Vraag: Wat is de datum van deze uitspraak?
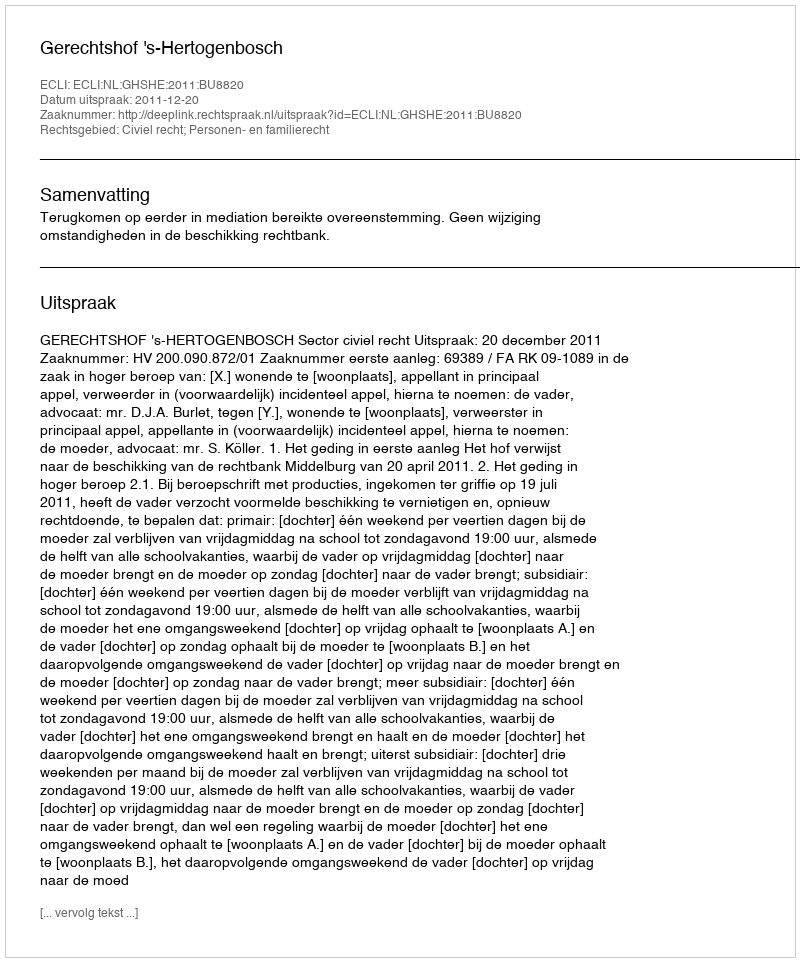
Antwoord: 2011-12-20